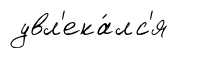
увл'ека́лс'я